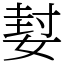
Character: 㜂